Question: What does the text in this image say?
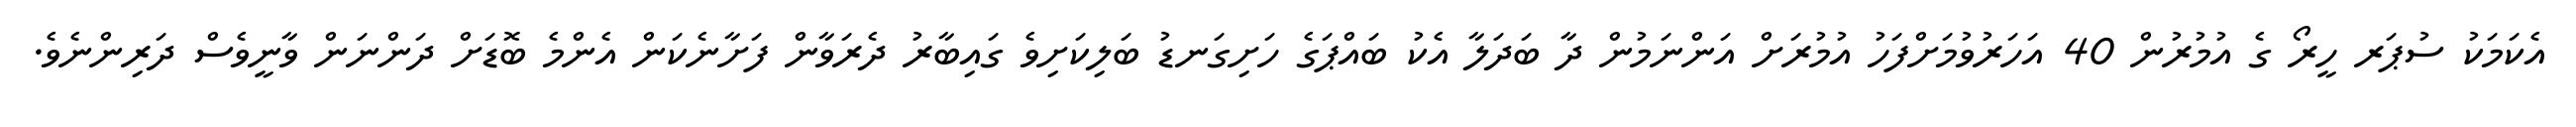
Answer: އެކަމަކު ސުޕަރ ހީރޯ ގެ އުމުރުން 40 އަހަރުވުމަށްފަހު އުމުރަށް އަންނަމުން ދާ ބަދަލާ އެކު ބައްޕަގެ ހަށިގަނޑު ބަލިކަށިވެ ގައިބާރު ދެރަވާން ފަށާނެކަން އެންމެ ބޮޑަށް ދަންނަން ވާނީވެސް ދަރިންނެވެ.